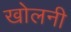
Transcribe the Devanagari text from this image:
खोलनी